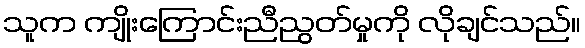
သူက ကျိုးကြောင်းညီညွတ်မှုကို လိုချင်သည်။